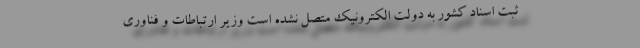
ثبت اسناد کشور به دولت الکترونیک متصل نشده است وزیر ارتباطات و فناوری